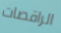
الراقصات